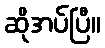
ဆိုအပ်ပြီ။